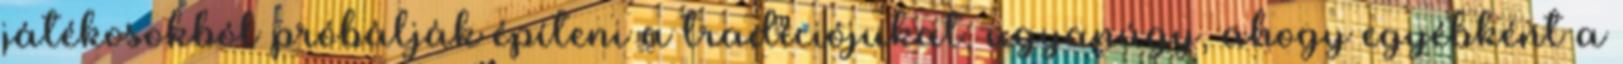
játékosokból próbálják építeni a tradíciójukat, ugyanúgy, ahogy egyébként a